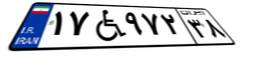
۱۷W۹۷۲۳۸